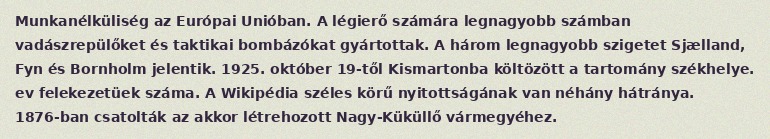
Munkanélküliség az Európai Unióban. A légierő számára legnagyobb számban vadászrepülőket és taktikai bombázókat gyártottak. A három legnagyobb szigetet Sjælland, Fyn és Bornholm jelentik. 1925. október 19-től Kismartonba költözött a tartomány székhelye. ev felekezetüek száma. A Wikipédia széles körű nyitottságának van néhány hátránya. 1876-ban csatolták az akkor létrehozott Nagy-Küküllő vármegyéhez.